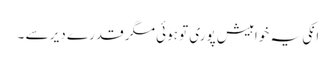
انکی یہ خواہیش پوری تو ہوئی مگر قدرے دیر سے ۔